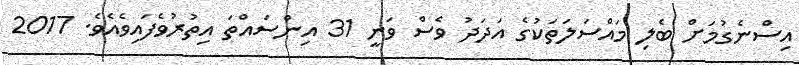
އިސްނެގުމަށް ބެލި މައްސަލަތަކުގެ އަދަދު ވެސް ވަނީ 31 އިންސައްތަ އިތުރުވެފައިވެއެވެ. 2017